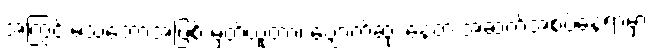
အကြွင်းမဲ့သဘောအဖြစ် မှတ်ယူတာ၊ ပျောက်ဆုံး နေတဲ့ အဆက်အစပ်နေရာမှာ